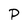
Character: P